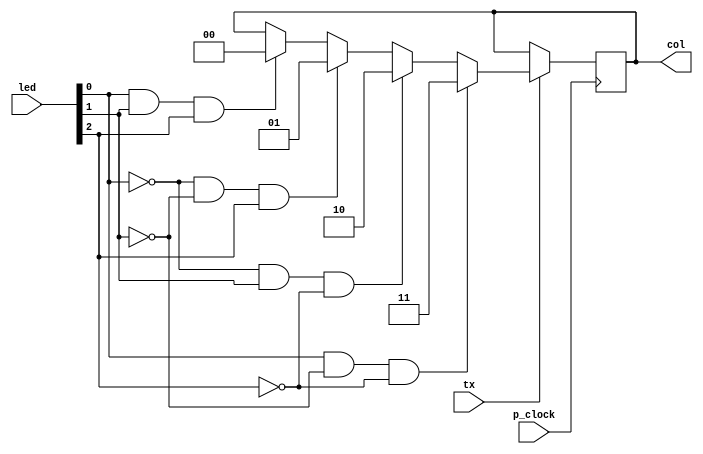
module Transm(
		input p_clock,
		input [2:0] led,
		input tx,
		output reg [1:0] col
    );
	 
	 parameter BLANCO=0, ROJO=1, VERDE=2, AZUL=3;
	 
	 always @(posedge p_clock)
    begin
	 if(tx)
	 begin
	 
	 if(led[0]==1 && led[1]==1 && led[2]==1)
	 begin
	 col = BLANCO;
	 end
	 
	 if(led[0]==0 && led[1]==0 && led[2]==1)
	 begin
	 col = ROJO;
	 end
	 
	 if(led[0]==0 && led[1]==1 && led[2]==0)
	 begin
	 col = VERDE;
	 end
	 
	 if(led[0]==1 && led[1]==0 && led[2]==0)
	 begin
	 col = AZUL;
	 end
	 
	 end
	 end


endmodule